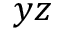
y z